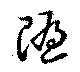
随